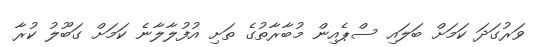
ވަރުގަދަ ކަމަށް ބަލައި ސްޕެއިން މުބާރާތުގެ ތަށި އުފުލާލާނެ ކަމަށް ގަބޫލު ކުރާ